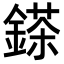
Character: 𨪩